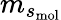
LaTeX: m_{s_{\mathrm{mol}}}